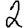
Digit: 2